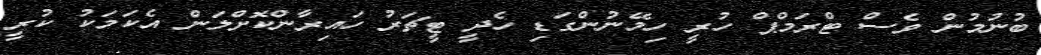
ބުނުމުން ވެސް ޓްރަމްޕް ހުރީ ހިމޭނުންގަޑި ހެދީ ޓީޗަރު ހައިރާންކޮށްލަން އެކަމަކު ކުރީ